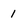
Character: 1